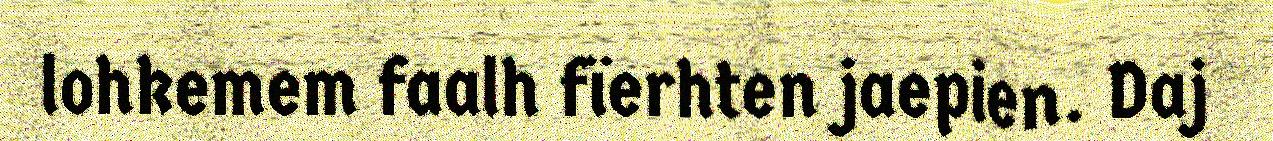
lohkemem faalh fïerhten jaepien. Daj